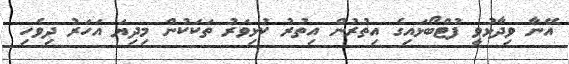
އޭނާ ވިދާޅުވީ ފުޓްބޯޅައިގެ އިތުރުން އިތުރު ކުޅިވަރު ތަކަކުން މިދިޔަ އަހަރު ދިވެހި